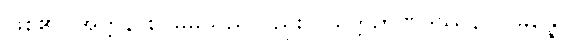
ဖြစ်၏။ အတ္တနာစ၊ မိမိသည်လည်း။ ဝိမုတ္တိဉာဏဒဿနာသမ္ပန္နော၊